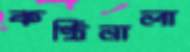
কণ্ঠিনালা